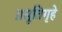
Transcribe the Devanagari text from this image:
प्रसूतिगृहे